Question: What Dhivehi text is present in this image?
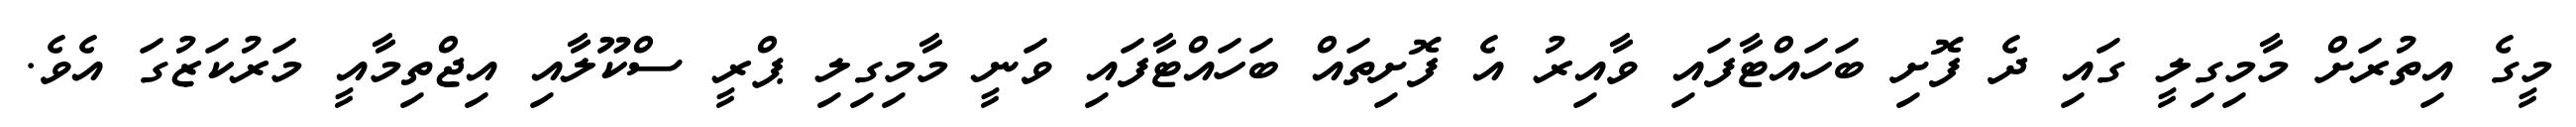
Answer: މީގެ އިތުރަށް މާމިގިލީ ގައި ދެ ފޮށި ބަހައްޓާފައި ވާއިރު އެ ފޮށިތައް ބަހައްޓާފައި ވަނީ މާމިގިލި ޕްރީ ސްކޫލާއި އިޖްތިމާއީ މަރުކަޒުގަ އެވެ.